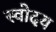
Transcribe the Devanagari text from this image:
स्वोदय